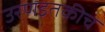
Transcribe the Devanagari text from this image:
उरणइतकीच